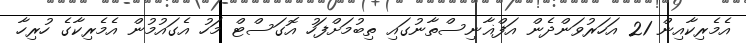
އެމެރިކާއިން 21 އަހަރުވަންދެން އަފްޣާނިސްތާނުގައި ތިބުމަށްފަހު އޮގަސްޓް މަހު އެގައުމުން އެމެރިކާގެ ހުރިހާ